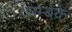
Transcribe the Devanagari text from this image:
त्र्यम्बके